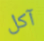
آكل